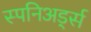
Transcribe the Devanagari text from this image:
स्पनिअर्ड्स